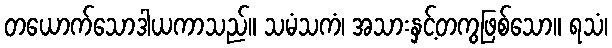
တယောက်သောဒါယကာသည်။ သမံသကံ၊ အသားနှင့်တကွဖြစ်သော။ ရသံ၊